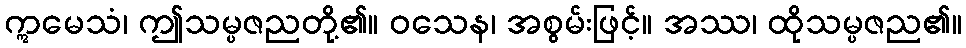
ဣမေသံ၊ ဤသမ္ပဇညတို့၏။ ဝသေန၊ အစွမ်းဖြင့်။ အဿ၊ ထိုသမ္ပဇည၏။